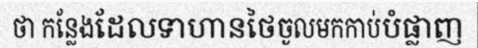
ថា កន្លែងដែលទាហានថៃចូលមកកាប់បំផ្លាញ